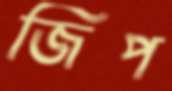
জিপ